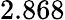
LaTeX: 2.868